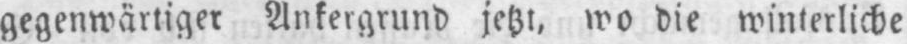
gegenwärtiger Ankergrund jetzt, wo die winterliche